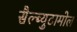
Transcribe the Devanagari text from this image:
सैल्ब्युटामोल